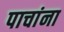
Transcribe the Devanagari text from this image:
पाचांना